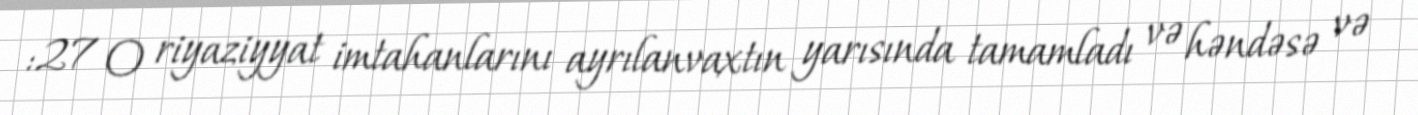
:27 O riyaziyyat imtahanlarını ayrılanvaxtın yarısında tamamladı və həndəsə və